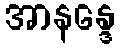
အာနန္ဒေ